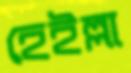
হেইল্লা